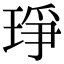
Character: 琤